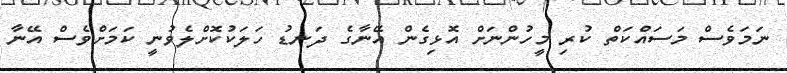
ނަމަވެސް މަސައްކަތް ކުރި މީހުންނަށް އޮޅިގެން އޭނާގެ ދަނޑު ހަލަކުކޮށްލެވުނީ ކަމަށްވެސް އޭނާ